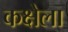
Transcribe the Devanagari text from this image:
कक्षेला